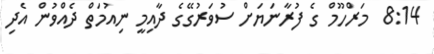
8:14  މަރްހޫމް ގެ ފުރާނަޔަށް ސުވަރުގޭގެ ދާއިމީ ނިއުމަތް ދެއްވުން އެދި